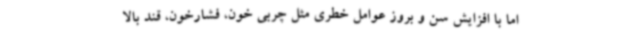
اما با افزایش سن و بروز عوامل خطری مثل چربی خون، فشارخون، قند بالا